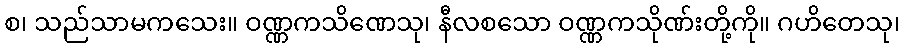
စ၊ သည်သာမကသေး။ ဝဏ္ဏကသိဏေသု၊ နီလစသော ဝဏ္ဏကသိုဏ်းတို့ကို။ ဂဟိတေသု၊